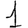
Digit: 1